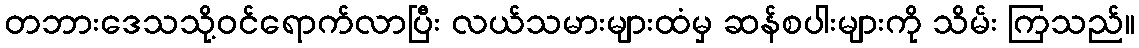
တဘားဒေသသို့ဝင်ရောက်လာပြီး လယ်သမားများထံမှ ဆန်စပါးများကို သိမ်း ကြသည်။